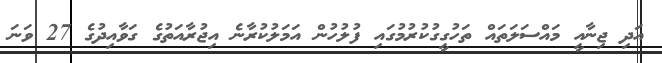
އަދި ޖިނާއީ މައްސަލަތައް ތަހުގީގުކުރުމުގައި ފުލުހުން އަމަލުކުރާނެ އިޖުރާއަތުގެ ގަވާއިދުގެ 27 ވަނަ